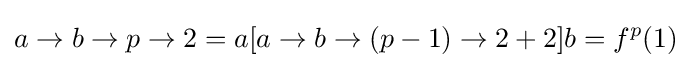
a\to b\to p\to 2=a[a\to b\to (p-1)\to 2+2]b=f^{p}(1)